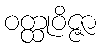
ဝတ္ထုဝိဇ္ဇာ